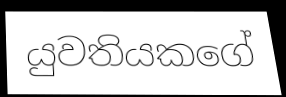
යුවතියකගේ